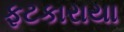
ફટકારાયા